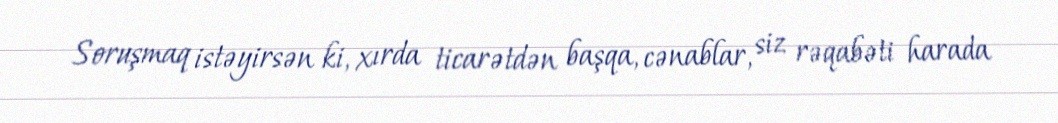
Soruşmaq istəyirsən ki, xırda ticarətdən başqa, cənablar, siz rəqabəti harada